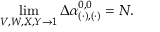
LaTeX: \operatorname * { l i m } _ { V , W , X , Y \rightarrow 1 } \Delta \alpha _ { ( \cdot ) , ( \cdot ) } ^ { 0 , 0 } = N .